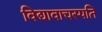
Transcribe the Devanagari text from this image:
विद्यावाचस्‍पति